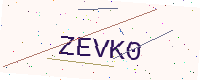
Text: ZEVK0